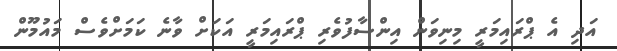
އަދި އެ ޕްރައިމަރީ މިނިވަން އިންސާފުވެރި ޕްރައިމަރީ އަކަށް ވާނެ ކަމަށްވެސް މައުމޫން